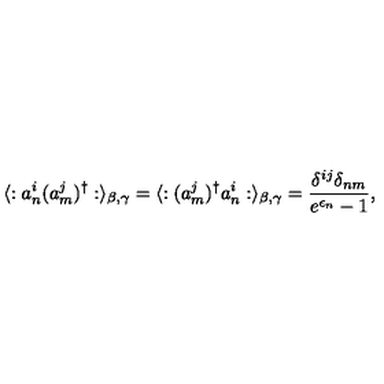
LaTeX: \langle : a _ { n } ^ { i } ( a _ { m } ^ { j } ) ^ { \dagger } : \rangle _ { \beta , \gamma } = \langle : ( a _ { m } ^ { j } ) ^ { \dagger } a _ { n } ^ { i } : \rangle _ { \beta , \gamma } = \frac { \delta ^ { i j } \delta _ { n m } } { e ^ { \epsilon _ { n } } - 1 } ,